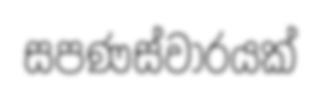
සපණස්වාරයක්